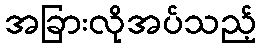
အခြားလိုအပ်သည့်